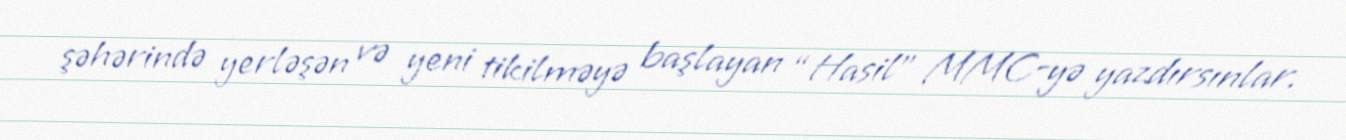
şəhərində yerləşən və yeni tikilməyə başlayan “Hasil” MMC-yə yazdırsınlar.